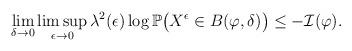
LaTeX: \begin{align*}\lim_{\delta\to0}\limsup_{\epsilon\to0}\lambda^2(\epsilon)\log\mathbb P\big(X^{\epsilon}\in B(\varphi,\delta)\big) \leq -\mathcal{I}(\varphi).\end{align*}